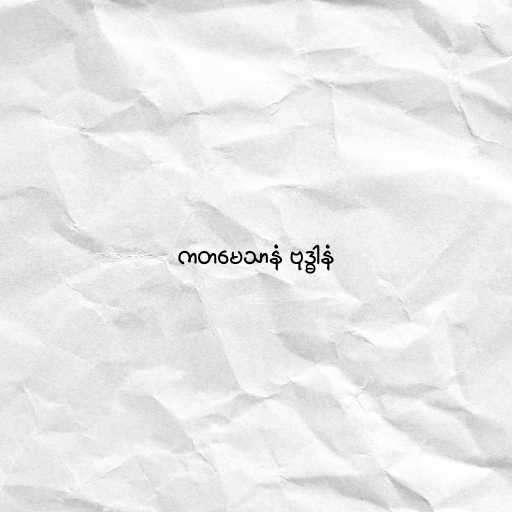
ကတမေသာနံ ဗုဒ္ဓါနံ